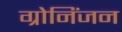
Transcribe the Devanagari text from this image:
ग्रोनिंजन